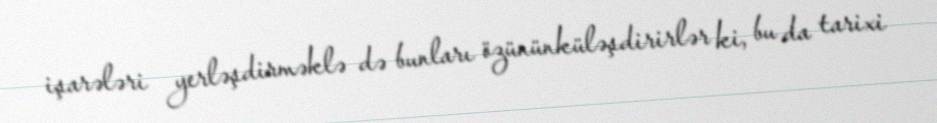
işarələri yerləşdirməklə də bunları özününküləşdirirlər ki, bu da tarixi